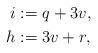
LaTeX: \begin{align*}i & := q+3v,\\h & := 3 v + r,\end{align*}